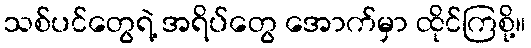
သစ်ပင်တွေရဲ့ အရိပ်တွေ အောက်မှာ ထိုင်ကြစို့။